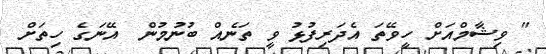
" ވިޝާމްއަށް ހީވޭތަ އެދަރިފުޅު ވީ ތަނެއް ބުނުމުން  އޭނަގެ ހިތަށް